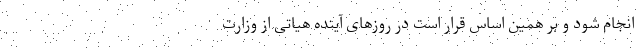
انجام شود و بر همین اساس قرار است در روزهای آینده هیاتی از وزارت